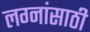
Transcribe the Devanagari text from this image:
लग्नांसाठी